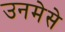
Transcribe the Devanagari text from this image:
उनमेसे